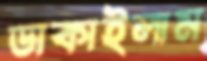
ডাকাইলাম